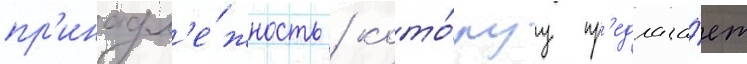
пр'инадл'е́жность / кото́руу пр'едлага́ет